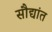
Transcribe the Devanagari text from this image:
सौद्यांत